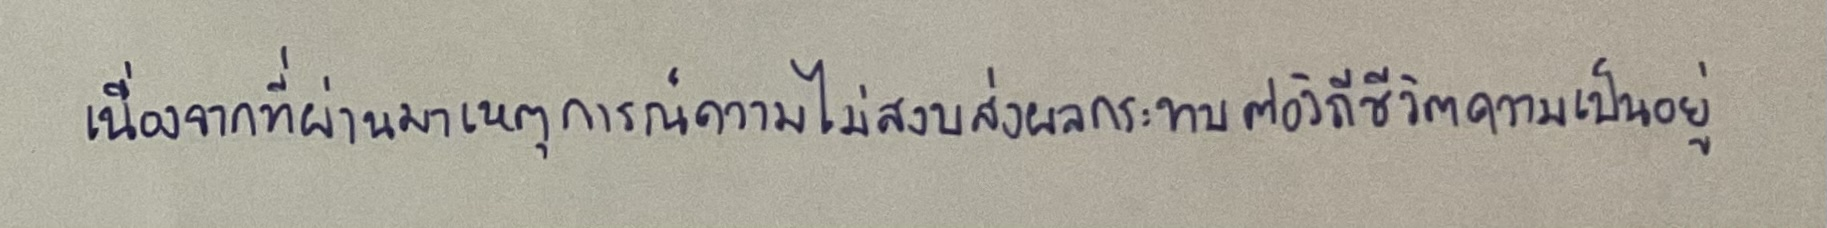
เนื่องจากที่ผ่านมาเหตุการณ์ความไม่สงบส่งผลกระทบต่อวิถีชีวิตความเป็นอยู่